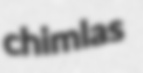
chimlas